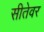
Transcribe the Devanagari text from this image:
सीतेवर